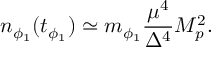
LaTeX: n _ { \phi _ { 1 } } ( t _ { \phi _ { 1 } } ) \simeq m _ { \phi _ { 1 } } \frac { \mu ^ { 4 } } { \Delta ^ { 4 } } M _ { p } ^ { 2 } .